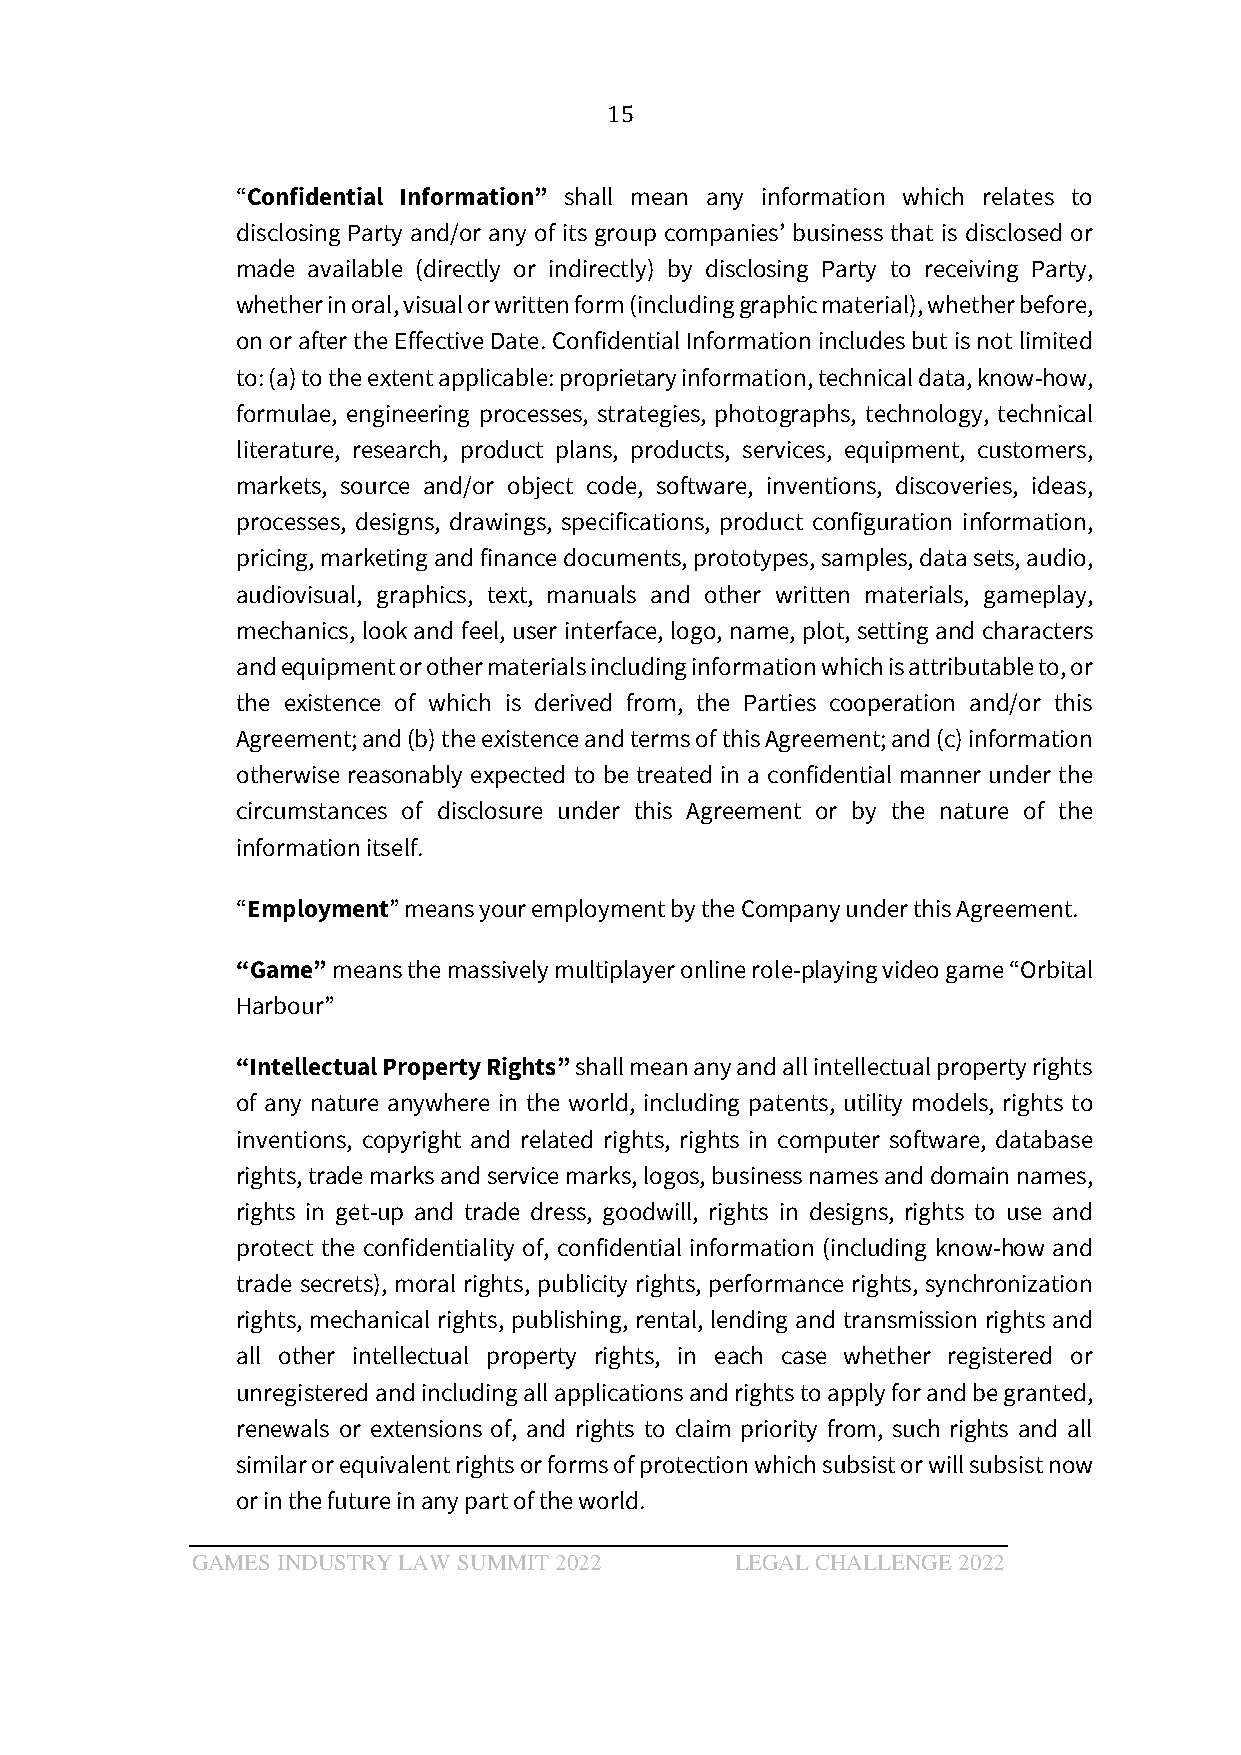
15
 “Confidential Information” shall mean any information which relates to
 disclosing Party and/or any of its group companies’ business that is disclosed or
 made available (directly or indirectly) by disclosing Party to receiving Party,
 whether in oral, visual or written form (including graphic material), whether before,
 on or after the Effective Date. Confidential Information includes but is not limited
 to: (a) to the extent applicable: proprietary information, technical data, know-how,
 formulae, engineering processes, strategies, photographs, technology, technical
 literature, research, product plans, products, services, equipment, customers,
 markets, source and/or object code, software, inventions, discoveries, ideas,
 processes, designs, drawings, specifications, product configuration information,
 pricing, marketing and finance documents, prototypes, samples, data sets, audio,
 audiovisual, graphics, text, manuals and other written materials, gameplay,
 mechanics, look and feel, user interface, logo, name, plot, setting and characters
 and equipment or other materials including information which is attributable to, or
 the existence of which is derived from, the Parties cooperation and/or this
 Agreement; and (b) the existence and terms of this Agreement; and (c) information
 otherwise reasonably expected to be treated in a confidential manner under the
 circumstances of disclosure under this Agreement or by the nature of the
 information itself.
 “Employment” means your employment by the Company under this Agreement.
 “Game” means the massively multiplayer online role-playing video game “Orbital
 Harbour”
 “Intellectual Property Rights” shall mean any and all intellectual property rights
 of any nature anywhere in the world, including patents, utility models, rights to
 inventions, copyright and related rights, rights in computer software, database
 rights, trade marks and service marks, logos, business names and domain names,
 rights in get-up and trade dress, goodwill, rights in designs, rights to use and
 protect the confidentiality of, confidential information (including know-how and
 trade secrets), moral rights, publicity rights, performance rights, synchronization
 rights, mechanical rights, publishing, rental, lending and transmission rights and
 all other intellectual property rights, in each case whether registered or
 unregistered and including all applications and rights to apply for and be granted,
 renewals or extensions of, and rights to claim priority from, such rights and all
 similar or equivalent rights or forms of protection which subsist or will subsist now
 or in the future in any part of the world.
 GAMES INDUSTRY LAW SUMMIT 2022      LEGAL CHALLENGE 2022